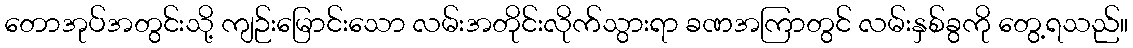
တောအုပ်အတွင်းသို့ ကျဉ်းမြောင်းသော လမ်းအတိုင်းလိုက်သွားရာ ခဏအကြာတွင် လမ်းနှစ်ခွကို တွေ့ရသည်။